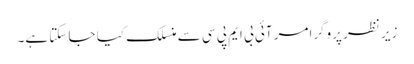
زیر نظر پروگرامر آئی بی ایم پی سی سے منسلک کیا جا سکتا ہے۔